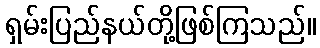
ရှမ်းပြည်နယ်တို့ဖြစ်ကြသည်။